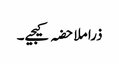
ذرا ملاحضہ کیجیے۔